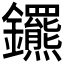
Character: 𨰟